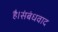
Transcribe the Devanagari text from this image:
है।संबंधवाद